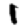
Digit: 1